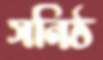
সনিষ্ঠ